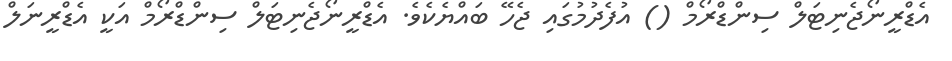
އެޑްރީނޯޖެނިޓަލް ސިންޑްރޯމް () އުފެދުމުގައި ޖެހޭ ބައްޔެކެވެ. އެޑްރީނޯޖެނިޓަލް ސިންޑްރޯމް އަކީ އެޑްރީނަލް